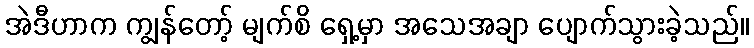
အဲဒီဟာက ကျွန်တော့် မျက်စိ ရှေ့မှာ အသေအချာ ပျောက်သွားခဲ့သည်။